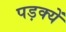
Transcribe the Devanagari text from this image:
पड़क्यें